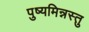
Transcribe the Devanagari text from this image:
पुष्यमिन्नस्तु